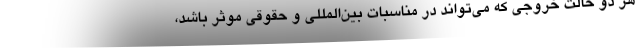
هر دو حالت خروجی که می‌تواند در مناسبات بین‌المللی و حقوقی موثر باشد،